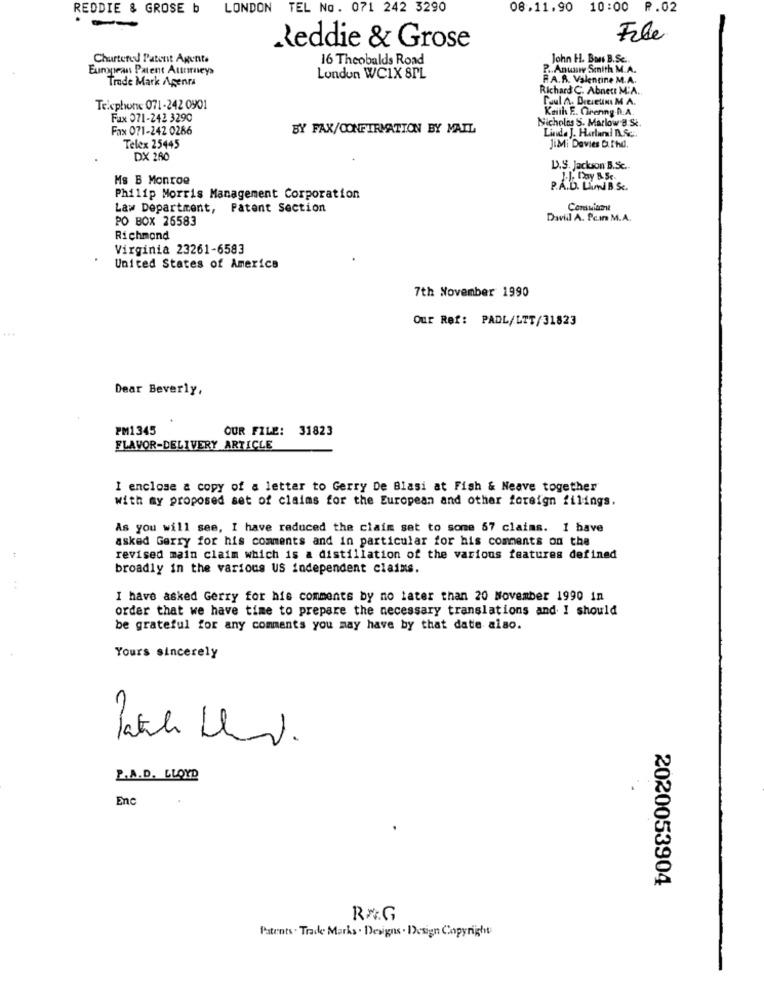
REDDIE & GROSE b
LONDON TEL No. 071 242 3290
08.11.90 10:00 P.02
--
File
Reddie & Grose
Churtered Patent Agente
16 Theobalds Road
John H. Bons B.Sc ..
European Patent Autumneys
P .. Anuswy Smith M.A.
Trade Mark Agenra
London WC1X 8PL
R.A.R. Valentine M.A.
Richard C. Abner: M.A.
Paul h. Deeseune M A.
Telephone 071-242 0901
Keith E. Crenng N.A.
Fax 071-242 3290
Nicholas S. Marlow's St
Fax 071-242 0286
BY FAX/CONFIRMATION BY MAIL
Linda J. Harlan! A.Sc ..
Telex 25445
JiMi Davies D.fhd.
DX 280
D.S. Jackson B.Sc ..
Ms B Monroe
P.A.D. LUNDS.
Philip Morris Management Corporation
Law Department, Patent Section
Consuiane
PO BOX 26583
Dwill A. Pcin M.A.
Richmond
Virginia 23261-6583
United States of America
7th November 1990
Our Ref: PADL/LTT/31823
...
Dear Beverly,
PM1345
OUR FILE: 31823
FLAVOR-DELIVERY ARTICLE
I enclose & copy of a letter to Gerry De Blasi at Fish & Neave together
With my proposed set of claims for the European and other foreign filings.
As you will see, I have reduced the claim set to some 57 claims. 1 have
asked Gerry for his comments and in particular for his comments on the
revised main claim which is a distillation of the various features defined
broadly in the various US independent claims.
..
I have asked Gerry for hie comments by no later than 20 November 1990 in
order that we have time to prepare the necessary translations and I should
be grateful for any comments you may have by that date also.
Yours sincerely
P.A.D. LLOYD
Enc
2020053904
RAG
Patents . Trade Marks . Designs . Design Copyright